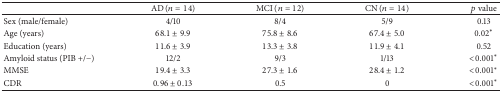
<table><thead><tr><td><b> </b></td><td><b>AD (<i>n</i> = 14)</b></td><td><b>MCI (<i>n</i> = 12)</b></td><td><b>CN (<i>n</i> = 14)</b></td><td><b><i>p</i> value</b></td></tr></thead><tbody><tr><td>Sex (male/female)</td><td>4/10</td><td>8/4</td><td>5/9</td><td>0.13</td></tr><tr><td>Age (years)</td><td>68.1 ± 9.9</td><td>75.8 ± 8.6</td><td>67.4 ± 5.0</td><td>0.02<sup><i>∗</i></sup></td></tr><tr><td>Education (years)</td><td>11.6 ± 3.9</td><td>13.3 ± 3.8</td><td>11.9 ± 4.1</td><td>0.52</td></tr><tr><td>Amyloid status (PIB +/−)</td><td>12/2</td><td>9/3</td><td>1/13</td><td>&lt;0.001<sup><i>∗</i></sup></td></tr><tr><td>MMSE</td><td>19.4 ± 3.3</td><td>27.3 ± 1.6</td><td>28.4 ± 1.2</td><td>&lt;0.001<sup><i>∗</i></sup></td></tr><tr><td>CDR</td><td>0.96 ± 0.13</td><td>0.5</td><td>0</td><td>&lt;0.001<sup><i>∗</i></sup></td></tr></tbody></table>